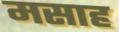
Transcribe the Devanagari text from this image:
मसाह